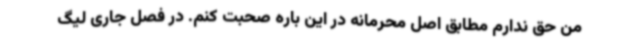
من حق ندارم مطابق اصل محرمانه در این باره صحبت کنم. در فصل جاری لیگ